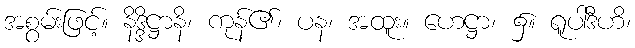
အစွမ်းဖြင့်။ နိဒ္ဒိဋ္ဌာနိ၊ ကုန်၏၊ ပန၊ အထူး။ ဟေဋ္ဌာ၊ ၌။ ရူပါဒီဟိ၊